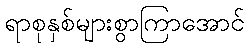
ရာစုနှစ်များစွာကြာအောင်